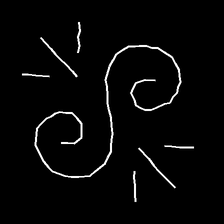
Glyph: wind-directs-air